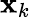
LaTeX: \mathbf{x}_{k}